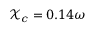
\mathcal { X } _ { c } = 0 . 1 4 \omega